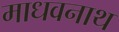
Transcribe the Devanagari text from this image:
माधवनाथ